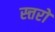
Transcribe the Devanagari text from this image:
स्त्तरों